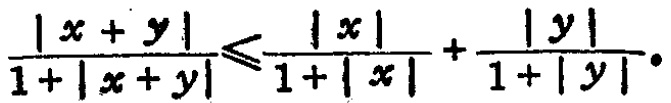
\(\frac{|x + y|}{1+|x + y|}\leqslant\frac{|x|}{1+|x|}+\frac{|y|}{1+|y|}\)